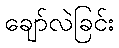
ချော်လဲခြင်း